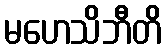
မဟေသိဘီတိ